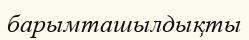
барымташылдықты